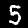
Digit: 5